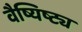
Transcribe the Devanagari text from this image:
वैष्यिष्ट्य